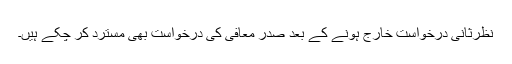
نظرثانی درخواست خارج ہونے کے بعد صدر معافی کی درخواست بھی مسترد کر چکے ہیں۔